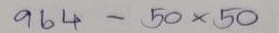
964 - 50 x 50